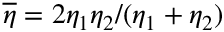
\overline { { \eta } } = 2 \eta _ { 1 } \eta _ { 2 } / ( \eta _ { 1 } + \eta _ { 2 } )